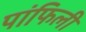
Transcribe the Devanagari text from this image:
पांफिली